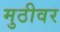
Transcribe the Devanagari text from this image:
मुठीवर